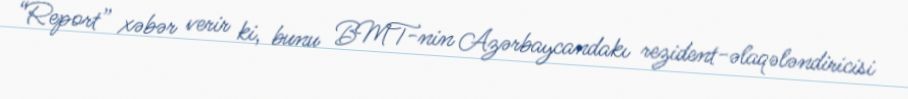
“Report” xəbər verir ki, bunu BMT-nin Azərbaycandakı rezident-əlaqələndiricisi